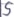
Text: S